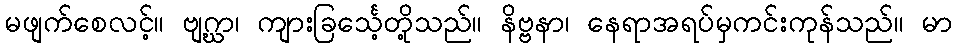
မဖျက်စေလင့်။ ဗျဂ္ဃာ၊ ကျားခြင်္သေ့တို့သည်။ နိဗ္ဗနာ၊ နေရာအရပ်မှကင်းကုန်သည်။ မာ